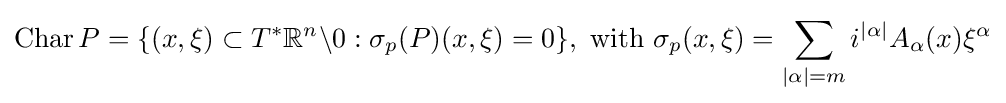
\mathop {\rm {Char}} P=\{(x,\xi )\subset T^{*}\mathbb {R} ^{n}\backslash 0:\sigma _{p}(P)(x,\xi )=0\},{\text{ with }}\sigma _{p}(x,\xi )=\sum _{|\alpha |=m}i^{|\alpha |}A_{\alpha }(x)\xi ^{\alpha }